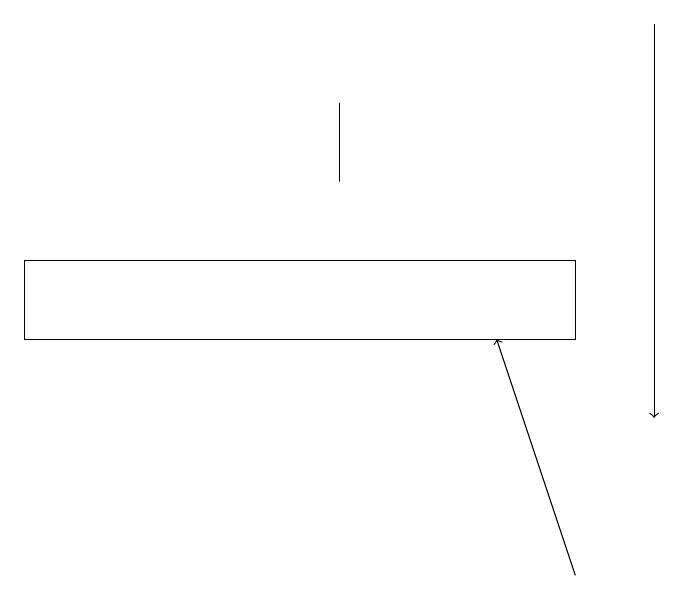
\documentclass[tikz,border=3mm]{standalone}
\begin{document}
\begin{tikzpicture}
\draw[->] (7,11) -- (6,14);
\draw[->] (8,18) -- (8,13);
\draw (4,17) rectangle (4,16);
\draw (0,15) rectangle (7,14);
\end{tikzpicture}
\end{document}